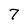
Character: 7